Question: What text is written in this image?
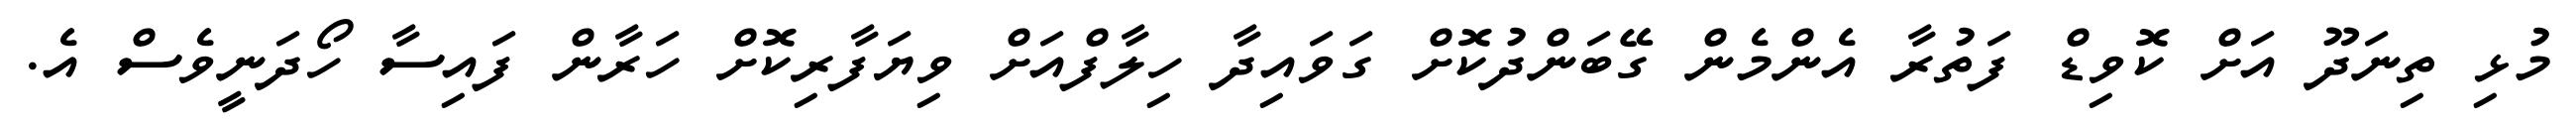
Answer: މުޅި ތިނަދޫ އަށް ކޮވިޑް ފަތުރާ އެންމެން ގޭބަންދުކޮށް ގަވައިދާ ހިލާފްއަށް ވިޔަފާރިކޮށް ހަރާން ފައިސާ ހޯދަނީވެސް އެ.